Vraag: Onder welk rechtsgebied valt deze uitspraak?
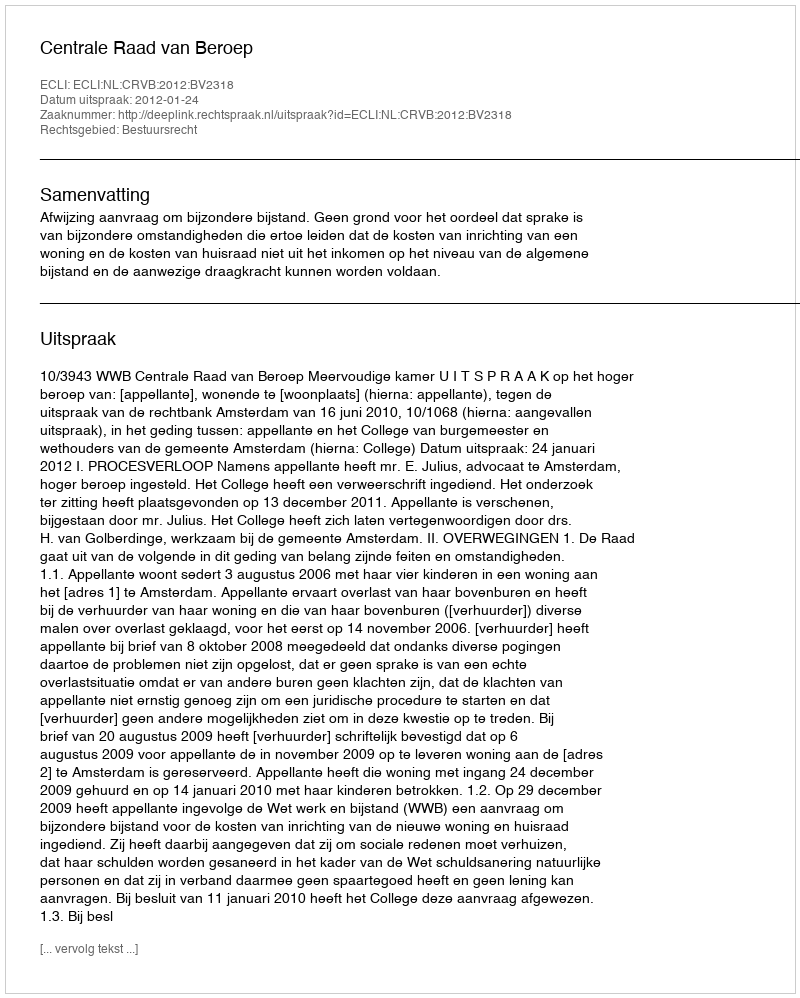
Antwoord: Bestuursrecht